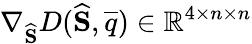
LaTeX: \nabla_{\widehat{\mathbf{S}}}D(\widehat{\mathbf{S}},\overline{{q}})\in\mathbb{R}^{4\times n\times n}